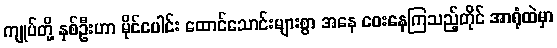
ကျုပ်တို့ နှစ်ဦးဟာ မိုင်ပေါင်း ထောင်သောင်းများစွာ အနေ ဝေးနေကြသည့်တိုင် အာရုံထဲမှာ